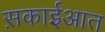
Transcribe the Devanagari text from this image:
स़काईआत